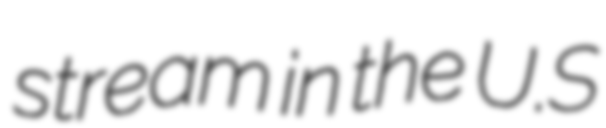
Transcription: stream in the U.S